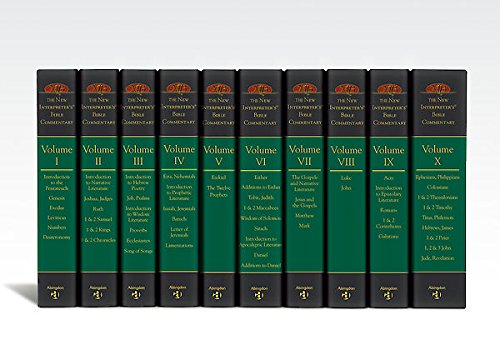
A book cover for The New Interpreter's Bible Commentary Ten Volume Set; Reference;